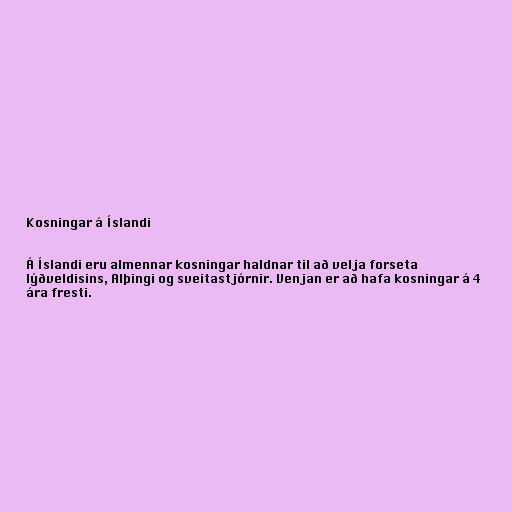
Kosningar á Íslandi

Á Íslandi eru almennar kosningar haldnar til að velja forseta
lýðveldisins, Alþingi og sveitastjórnir. Venjan er að hafa kosningar á 4
ára fresti.